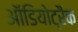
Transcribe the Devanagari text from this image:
ऑडियोट्रैक